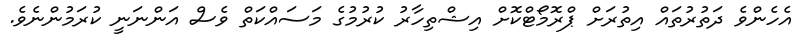
އެހެންވެ ދަތުރުތައް އިތުރަށް ޕްރޮމޯޓްކޮށް އިޝްތިހާރު ކުރުމުގެ މަސައްކަތް ވެސް އަންނަނީ ކުރަމުންނެވެ.